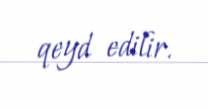
qeyd edilir.